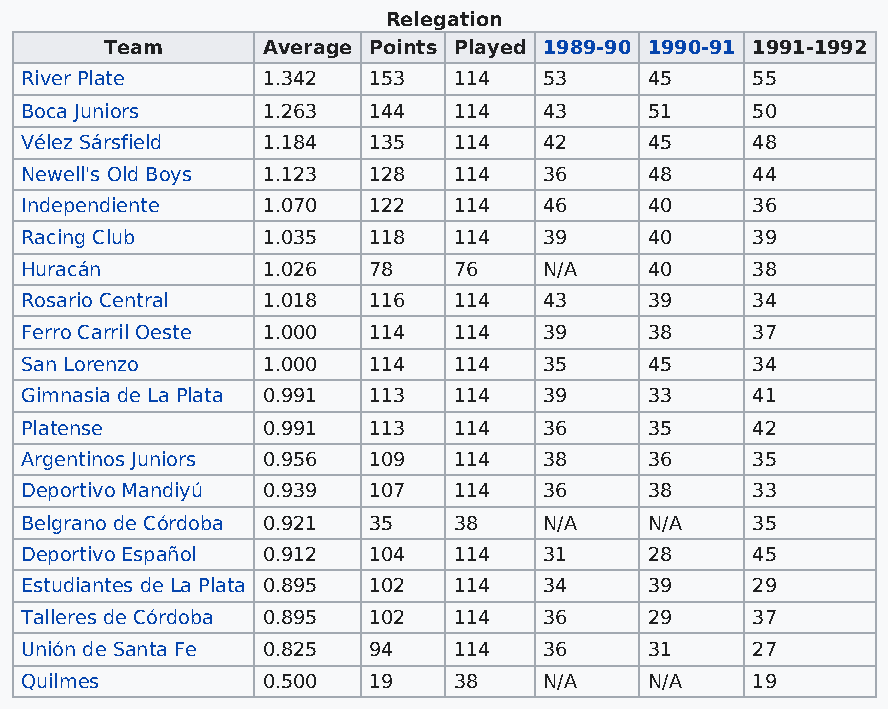
Relegation
 Team      Average Points Played 1989-90 1990-91 1991-1992
 River Plate     1.342  153   114   53     45     55
 Boca Juniors    1.263  144   114   43     51     50
 Vélez Sársfield 1.184  135   114   42     45     48
 Newell's Old Boys 1.123 128  114   36     48     44
 Independiente   1.070  122   114   46     40     36
 Racing Club     1.035  118   114   39     40     39
 Huracán         1.026  78    76    N/A    40     38
 Rosario Central 1.018  116   114   43     39     34
 Ferro Carril Oeste 1.000 114 114   39     38     37
 San Lorenzo     1.000  114   114   35     45     34
 Gimnasia de La Plata 0.991 113 114 39     33     41
 Platense        0.991  113   114   36     35     42
 Argentinos Juniors 0.956 109 114   38     36     35
 Deportivo Mandiyú 0.939 107  114   36     38     33
 Belgrano de Córdoba 0.921 35 38    N/A    N/A    35
 Deportivo Español 0.912 104  114   31     28     45
 Estudiantes de La Plata 0.895 102 114 34  39     29
 Talleres de Córdoba 0.895 102 114  36     29     37
 Unión de Santa Fe 0.825 94   114   36     31     27
 Quilmes         0.500  19    38    N/A    N/A    19